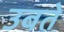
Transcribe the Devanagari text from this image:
उबते